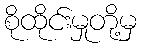
စိုထိုင်းမှုတို့မှ